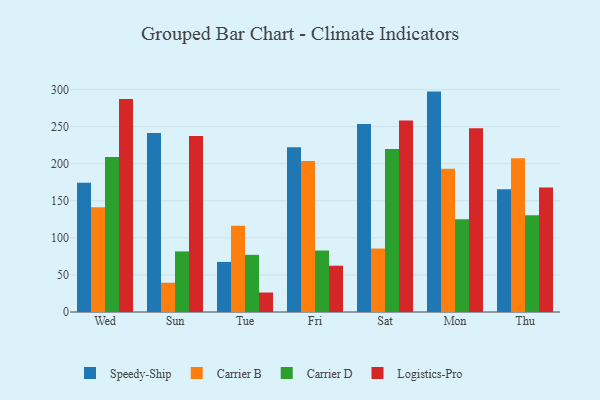
{"axis": {"x": "Day", "y": "Energy Usage (MWh)"}, "legend": ["Carrier B", "Carrier D", "Logistics-Pro", "Speedy-Ship"], "data": [{"x": "Wed", "y": 174.2, "type": "Speedy-Ship"}, {"x": "Wed", "y": 141.2, "type": "Carrier B"}, {"x": "Wed", "y": 208.9, "type": "Carrier D"}, {"x": "Wed", "y": 287.3, "type": "Logistics-Pro"}, {"x": "Sun", "y": 241.3, "type": "Speedy-Ship"}, {"x": "Sun", "y": 39.5, "type": "Carrier B"}, {"x": "Sun", "y": 81.7, "type": "Carrier D"}, {"x": "Sun", "y": 237.3, "type": "Logistics-Pro"}, {"x": "Tue", "y": 67.5, "type": "Speedy-Ship"}, {"x": "Tue", "y": 116.2, "type": "Carrier B"}, {"x": "Tue", "y": 77.1, "type": "Carrier D"}, {"x": "Tue", "y": 26.3, "type": "Logistics-Pro"}, {"x": "Fri", "y": 222.3, "type": "Speedy-Ship"}, {"x": "Fri", "y": 203.5, "type": "Carrier B"}, {"x": "Fri", "y": 82.9, "type": "Carrier D"}, {"x": "Fri", "y": 62.4, "type": "Logistics-Pro"}, {"x": "Sat", "y": 253.6, "type": "Speedy-Ship"}, {"x": "Sat", "y": 85.6, "type": "Carrier B"}, {"x": "Sat", "y": 219.9, "type": "Carrier D"}, {"x": "Sat", "y": 258.2, "type": "Logistics-Pro"}, {"x": "Mon", "y": 297.2, "type": "Speedy-Ship"}, {"x": "Mon", "y": 193.1, "type": "Carrier B"}, {"x": "Mon", "y": 125.0, "type": "Carrier D"}, {"x": "Mon", "y": 247.7, "type": "Logistics-Pro"}, {"x": "Thu", "y": 165.4, "type": "Speedy-Ship"}, {"x": "Thu", "y": 207.3, "type": "Carrier B"}, {"x": "Thu", "y": 130.3, "type": "Carrier D"}, {"x": "Thu", "y": 167.8, "type": "Logistics-Pro"}]}